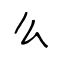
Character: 么